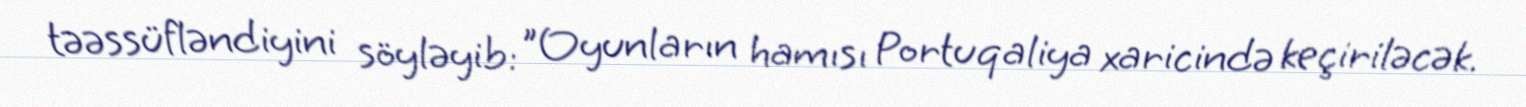
təəssüfləndiyini söyləyib: "Oyunların hamısı Portuqaliya xaricində keçiriləcək.